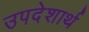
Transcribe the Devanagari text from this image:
उपदेशार्थ